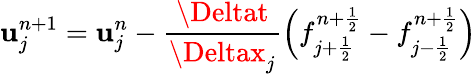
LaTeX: \mathbf{u}_{j}^{n+1}=\mathbf{u}_{j}^{n}-\frac{{\Deltat}}{{\Deltax_{j}}}\left(f_{j+\frac{{1}}{{2}}}^{n+\frac{{1}}{{2}}}-f_{j-\frac{{1}}{{2}}}^{n+\frac{{1}}{{2}}}\right)